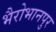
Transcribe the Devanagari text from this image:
भैरोभानपुर